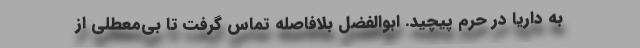
به داریا در حرم پیچید. ابوالفضل بلافاصله تماس گرفت تا بی‌معطلی از